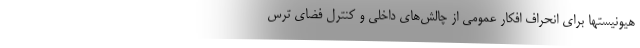
هیونیستها برای انحراف افکار عمومی از چالش‌های داخلی و کنترل فضای ترس